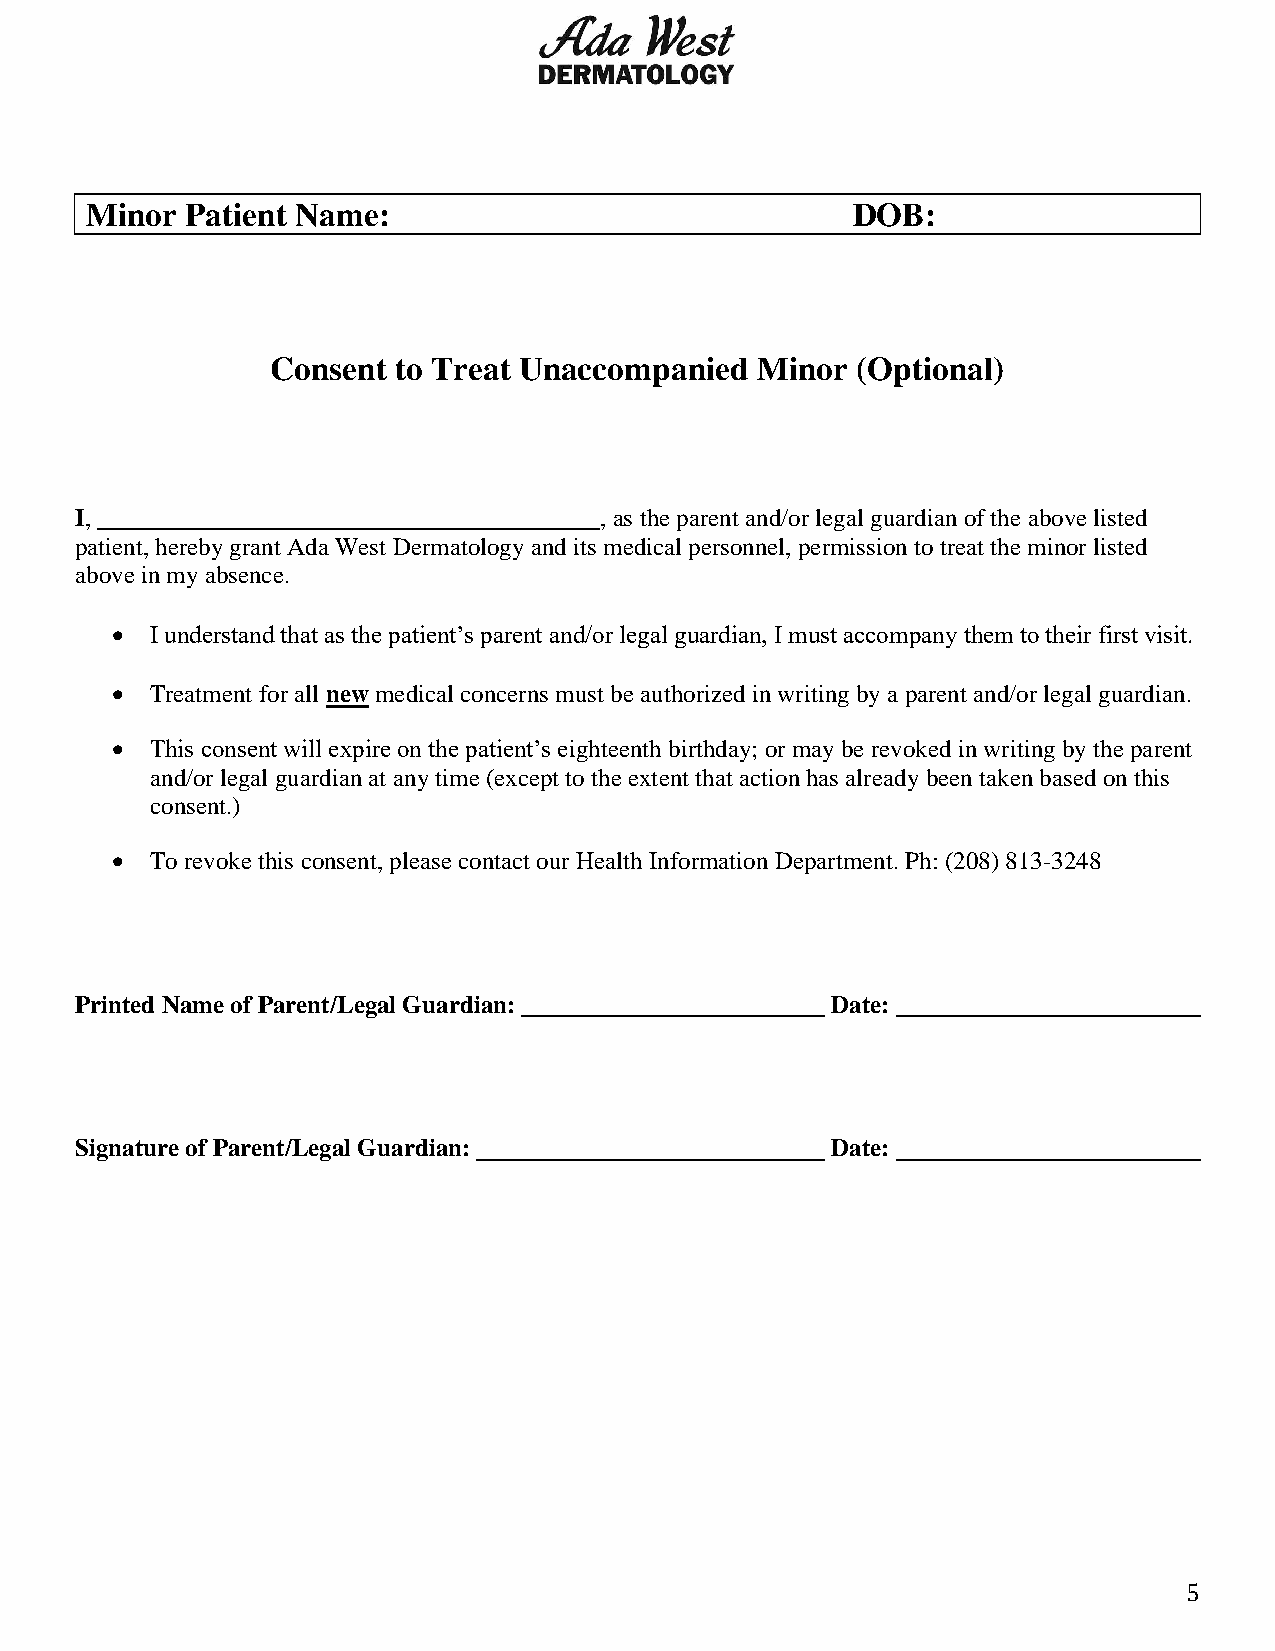
Minor Patient Name:                               DOB:
 Consent to Treat Unaccompanied  Minor  (Optional)
 I,                                 , as the parent and/or legal guardian of the above listed
 patient, hereby grant Ada West Dermatology and its medical personnel, permission to treat the minor listed
 above in my absence.
 •  I understand that as the patient’s parent and/or legal guardian, I must accompany them to their first visit.
 •  Treatment for all new medical concerns must be authorized in writing by a parent and/or legal guardian.
 •  This consent will expire on the patient’s eighteenth birthday; or may be revoked in writing by the parent
 and/or legal guardian at any time (except to the extent that action has already been taken based on this
 consent.)
 •  To revoke this consent, please contact our Health Information Department. Ph: (208) 813-3248
 Printed Name of Parent/Legal Guardian:            Date:
 Signature of Parent/Legal Guardian:               Date:
 5